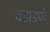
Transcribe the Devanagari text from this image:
वहाडणे